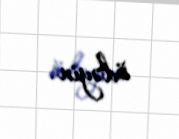
ödəyin.